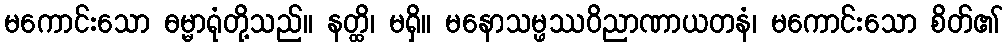
မကောင်းသော ဓမ္မာရုံတို့သည်။ နတ္ထိ၊ မရှိ။ မနောသမ္ဖဿဝိညာဏာယတနံ၊ မကောင်းသော စိတ်၏